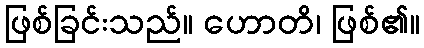
ဖြစ်ခြင်းသည်။ ဟောတိ၊ ဖြစ်၏။